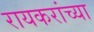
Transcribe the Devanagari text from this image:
रायकरांच्या